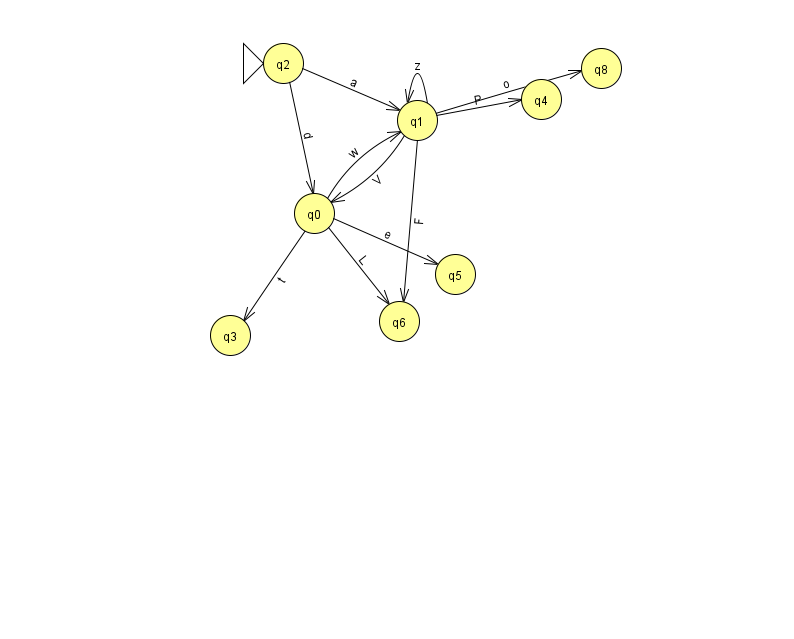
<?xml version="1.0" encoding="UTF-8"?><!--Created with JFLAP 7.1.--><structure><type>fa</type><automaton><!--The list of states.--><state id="0" name="q0"><x>314.0</x><y>200.0</y></state><state id="1" name="q1"><x>417.0</x><y>107.0</y></state><state id="2" name="q2"><x>283.0</x><y>50.0</y><initial/></state><state id="3" name="q3"><x>230.0</x><y>322.0</y></state><state id="4" name="q4"><x>541.0</x><y>86.0</y></state><state id="5" name="q5"><x>455.0</x><y>261.0</y></state><state id="6" name="q6"><x>399.0</x><y>308.0</y></state><state id="8" name="q8"><x>601.0</x><y>55.0</y></state><!--The list of transitions.--><transition><from>0</from><to>3</to><read>t</read></transition><transition><from>2</from><to>1</to><read>a</read></transition><transition><from>0</from><to>5</to><read>e</read></transition><transition><from>1</from><to>4</to><read>P</read></transition><transition><from>1</from><to>1</to><read>z</read></transition><transition><from>1</from><to>6</to><read>F</read></transition><transition><from>0</from><to>6</to><read>L</read></transition><transition><from>1</from><to>8</to><read>o</read></transition><transition><from>0</from><to>1</to><read>w</read></transition><transition><from>1</from><to>0</to><read>V</read></transition><transition><from>2</from><to>0</to><read>d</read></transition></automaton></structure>